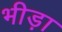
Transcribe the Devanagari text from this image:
भीड़ा